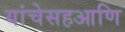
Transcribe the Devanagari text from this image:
यांचेसहआणि